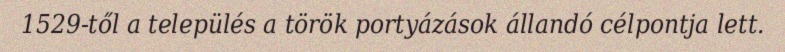
1529-től a település a török portyázások állandó célpontja lett.